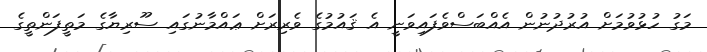
މަގު ހުޅުވުމަށް އުރުދުނުން އެއްބަސްވެފައިވަނީ އެ ޤައުމުގެ ވެރިރަށް ޢައްމާނުގައި ސޫރިޔާގެ މަތީފަންތީގެ